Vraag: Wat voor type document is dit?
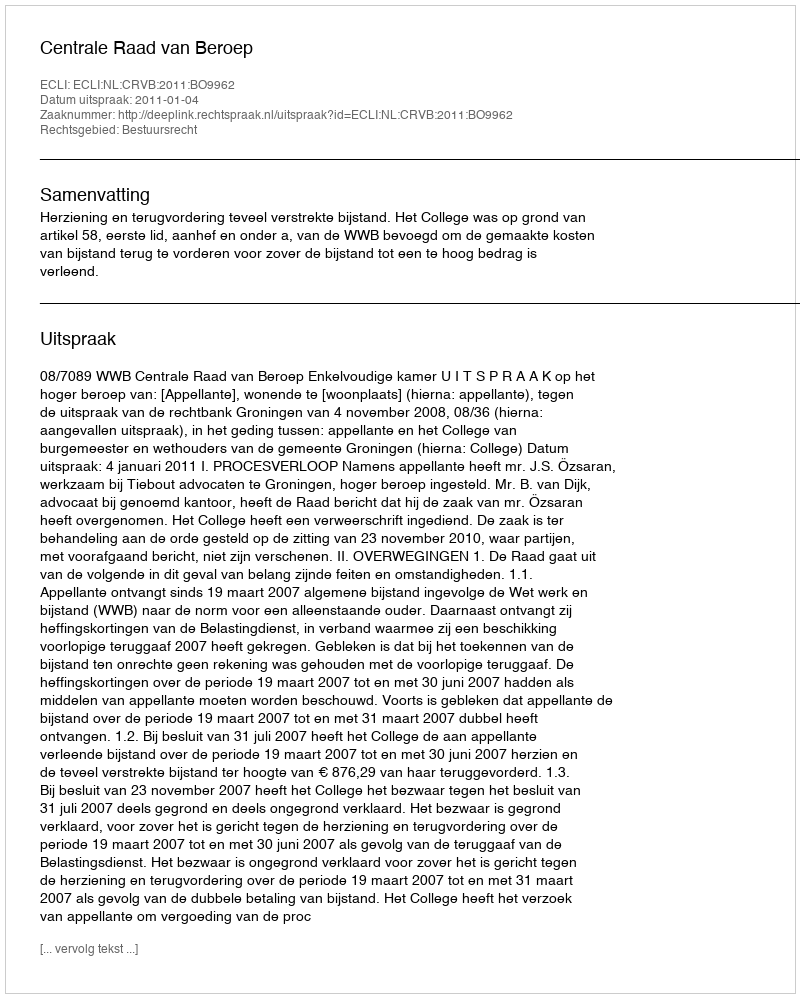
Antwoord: Uitspraak